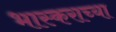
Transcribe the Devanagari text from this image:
भास्कराच्या